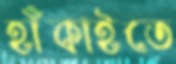
হাঁকাইতে